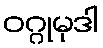
ဝဂ္ဂုမုဒါ